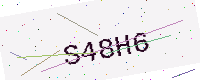
Text: S48H6